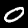
Digit: 0